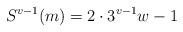
LaTeX: \begin{align*}S^{v-1}(m) = 2\cdot 3^{v-1} w - 1\end{align*}